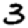
Digit: 3